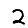
Digit: 2